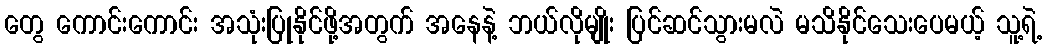
တွေ ကောင်းကောင်း အသုံးပြုနိုင်ဖို့အတွက် အနေနဲ့ ဘယ်လိုမျိုး ပြင်ဆင်သွားမလဲ မသိနိုင်သေးပေမယ့် သူ့ရဲ့